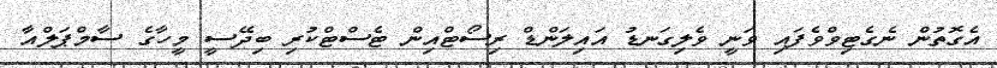
އެގޮތުން ނެގެޓިވްވެފައި ވަނީ ވެލިގަނޑު އައިލަންޑް ރިސޯޓްއިން ޓެސްޓްކުރި ބިދޭސީ މީހާގެ ސާމްޕަލްއާ